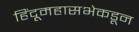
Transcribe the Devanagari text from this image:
हिंदूमहासभेकडून